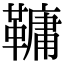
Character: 𩌨